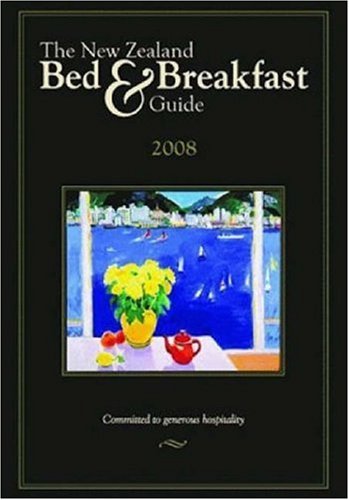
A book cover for New Zealand Bed & Breakfast Book, The (New Zealand Bed and Breakfast Book); Elliot Cudby; Biographies & Memoirs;